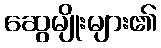
ဆွေမျိုးများ၏